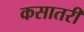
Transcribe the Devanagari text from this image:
कसातरी